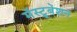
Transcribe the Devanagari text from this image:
मॅस्ट्रूबेशन